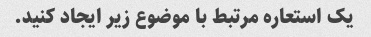
یک استعاره مرتبط با موضوع زیر ایجاد کنید.